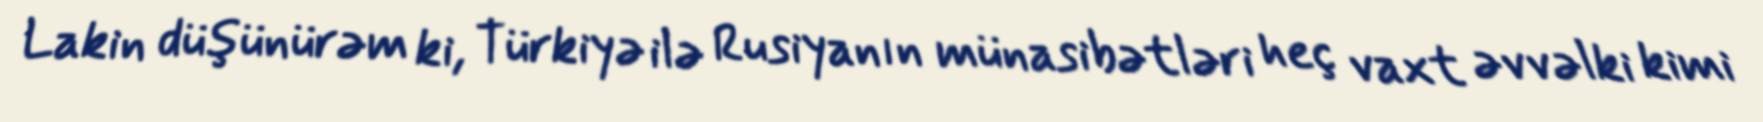
Lakin düşünürəm ki, Türkiyə ilə Rusiyanın münasibətləri heç vaxt əvvəlki kimi